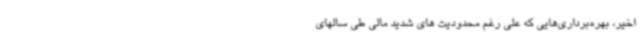
اخیر، بهره‌برداری‌هایی که علی رغم محدودیت های شدید مالی طی سالهای